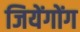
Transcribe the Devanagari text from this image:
जियेंगोंग